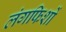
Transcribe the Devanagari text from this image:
लंगफिशों